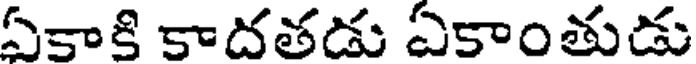
ఏకాకి కాదతడు ఏకాంతుడు